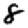
Digit: 8